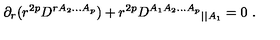
\partial _ { r } ( r ^ { 2 p } D ^ { r A _ { 2 } . . . A _ { p } } ) + r ^ { 2 p } { D ^ { A _ { 1 } A _ { 2 } . . . A _ { p } } } _ { | | A _ { 1 } } = 0 \ .